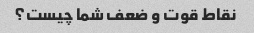
نقاط قوت و ضعف شما چیست؟